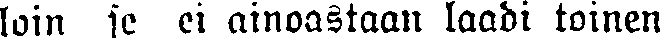
loin se ei ainoastaan laadi toinen